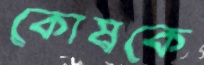
কোষকে